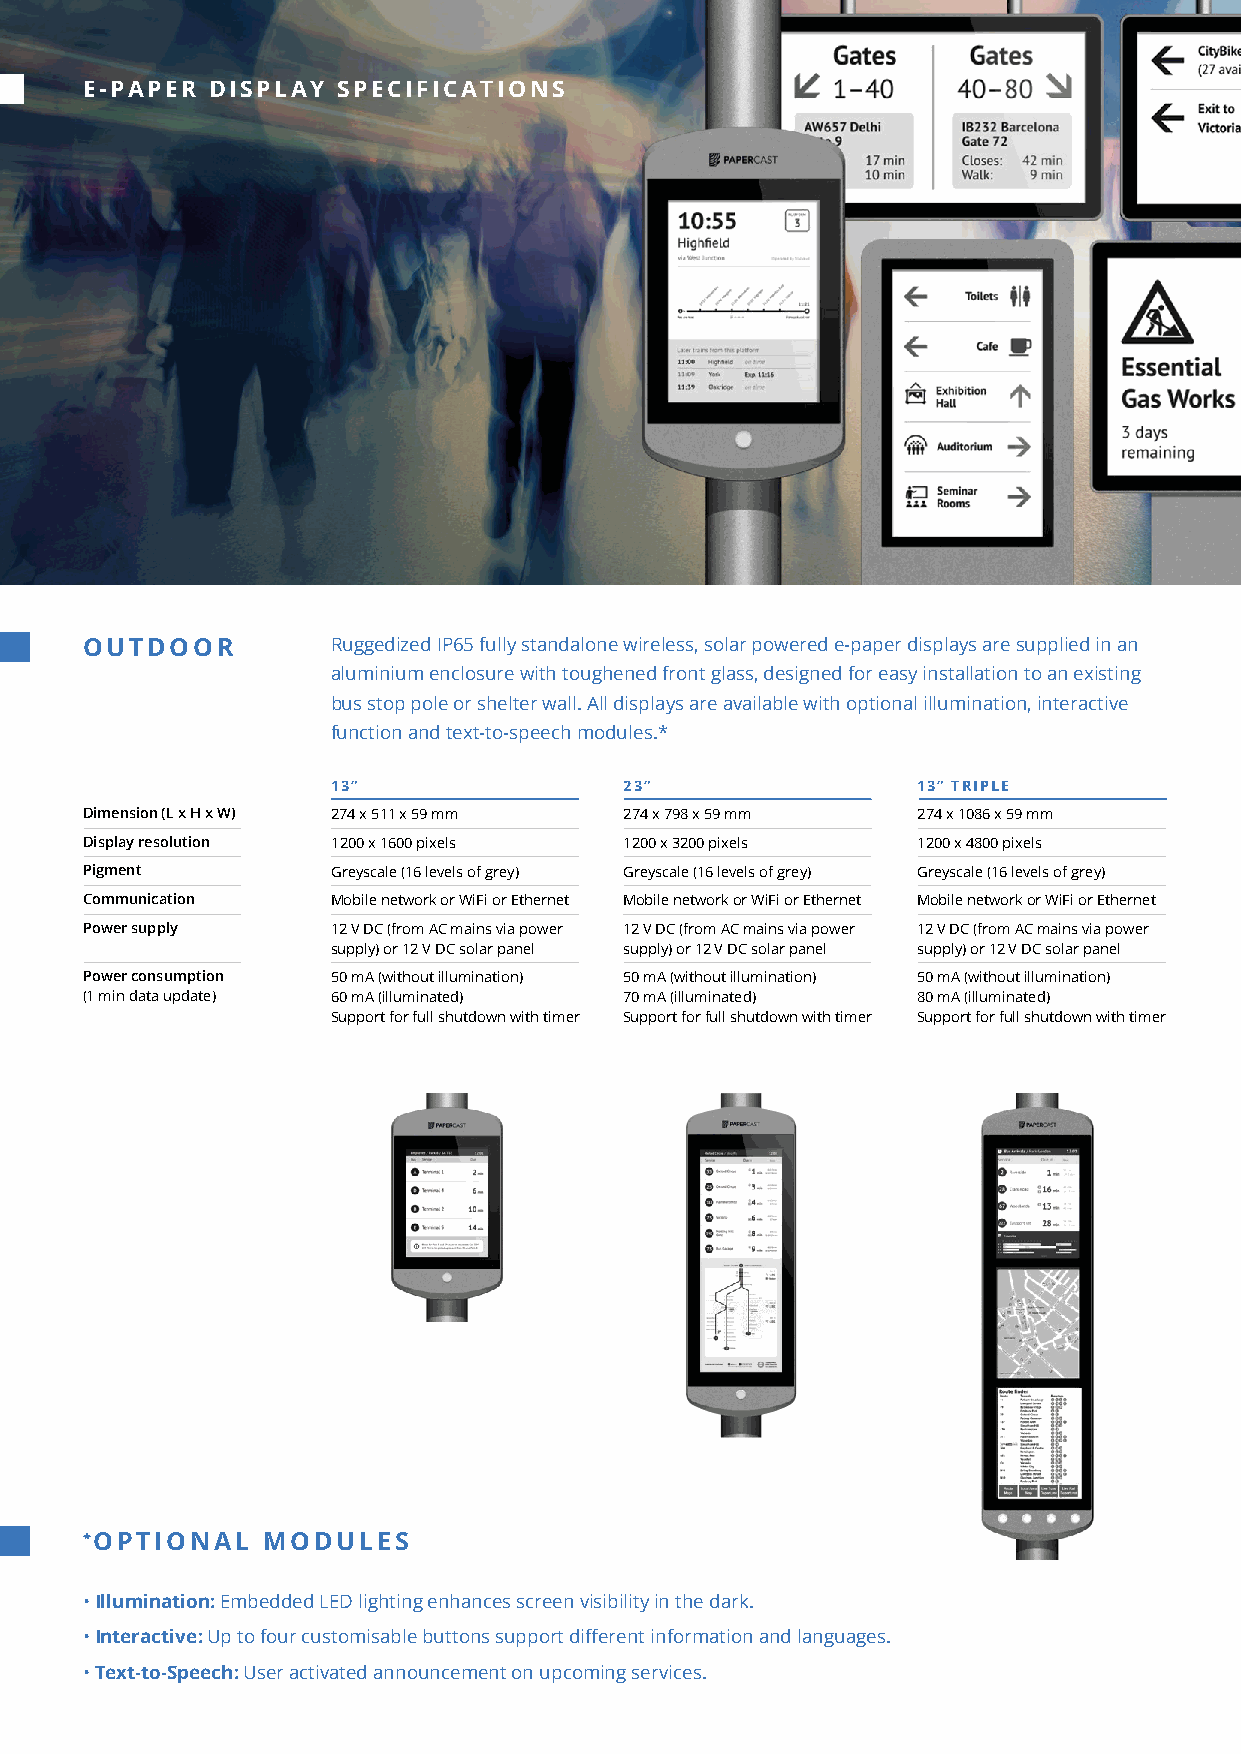
E-PAPER  DISPLAY SPECIFICATIONS
 OUTDOOR          Ruggedized IP65 fully standalone wireless, solar powered e-paper displays are supplied in an
 aluminium enclosure with toughened front glass, designed for easy installation to an existing
 bus stop pole or shelter wall. All displays are available with optional illumination, interactive
 function and text-to-speech modules.*
 13”                23”                 13” TRIPLE
 Dimension (L x H x W) 274 x 511 x 59 mm 274 x 798 x 59 mm 274 x 1086 x 59 mm
 Display resolution 1200 x 1600 pixels 1200 x 3200 pixels 1200 x 4800 pixels
 Pigment          Greyscale (16 levels of grey) Greyscale (16 levels of grey) Greyscale (16 levels of grey)
 Communication    Mobile network or WiFi or Ethernet Mobile network or WiFi or Ethernet Mobile network or WiFi or Ethernet
 Power supply     12 V DC (from AC mains via power 12 V DC (from AC mains via power 12 V DC (from AC mains via power
 supply) or 12 V DC solar panel supply) or 12 V DC solar panel supply) or 12 V DC solar panel
 Power consumption 50 mA (without illumination) 50 mA (without illumination) 50 mA (without illumination)
 (1 min data update) 60 mA (illuminated) 70 mA (illuminated) 80 mA (illuminated)
 Support for full shutdown with timer Support for full shutdown with timer Support for full shutdown with timer
 *OPTIONAL   MODULES
 • Illumination: Embedded LED lighting enhances screen visibility in the dark.
 • Interactive: Up to four customisable buttons support different information and languages.
 • Text-to-Speech: User activated announcement on upcoming services.